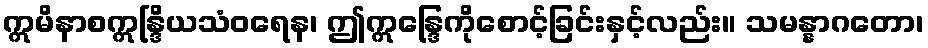
ဣမိနာစဣန္ဒြိယသံဝရေန၊ ဤဣန္ဒြေကိုစောင့်ခြင်းနှင့်လည်း။ သမန္နာဂတော၊